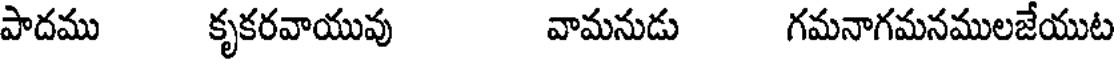
పాదము కృకరవాయువు వామనుడు గమనాగమనములజేయుట